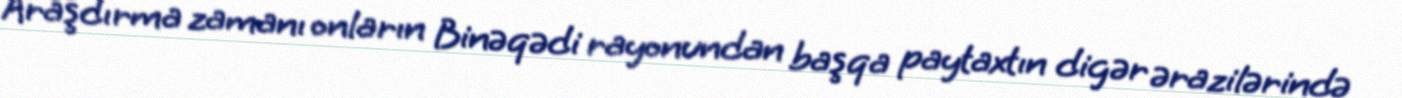
Araşdırma zamanı onların Binəqədi rayonundan başqa paytaxtın digər ərazilərində